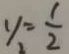
y _ { 2 } = \frac { 1 } { 2 }